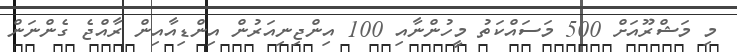
މި މަޝްރޫއަށް 500 މަސައްކަތު މީހުންނާއި 100 އިންޖިނިއަރުން އިންޑިއާއިން ރާއްޖެ ގެންނަން